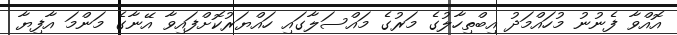
އޮއްވާ ފެނުނު މުހައްމަދު އިބްތިހާލުގެ މަރުގެ މައްސަލާގައި ހައްޔަރުކޮށްފައިވާ އޭނާގެ މަންމަ އާފިޔާ